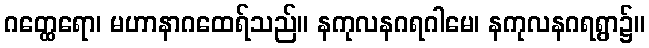
ဂတ္ထေရော၊ မဟာနာဂထေရ်သည်။ နကုလနဂရဂါမေ၊ နကုလနဂရရွာ၌။